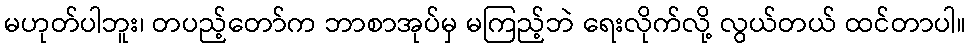
မဟုတ်ပါဘူး၊ တပည့်တော်က ဘာစာအုပ်မှ မကြည့်ဘဲ ရေးလိုက်လို့ လွယ်တယ် ထင်တာပါ။